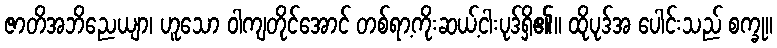
ဇာတိအဘိညေယျာ၊ ဟူသော ဝါကျတိုင်အောင် တစ်ရာ့ကိုးဆယ့်ငါးပုဒ်ရှိ၏။ ထိုပုဒ်အ ပေါင်းသည် စက္ခု။